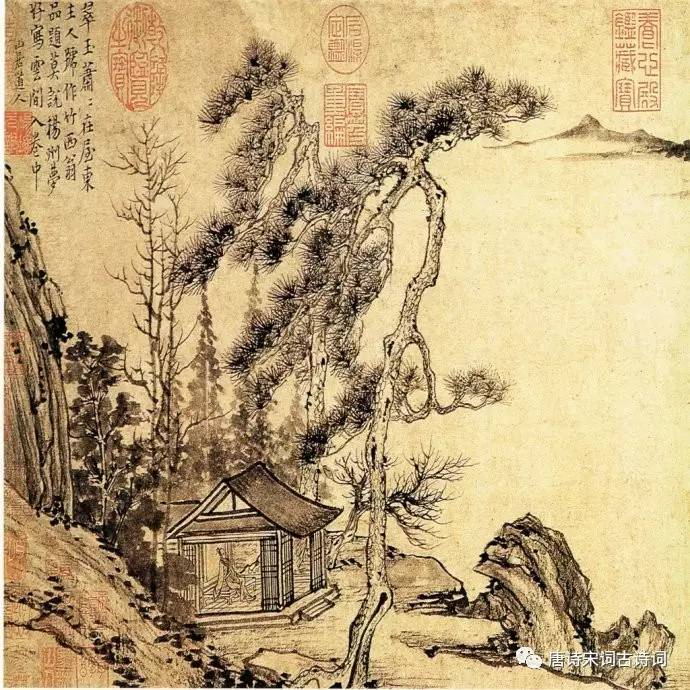
黄华自与西风约，白发先从远客生。